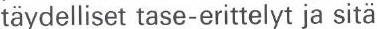
täydelliset tase-erittelyt ja sitä